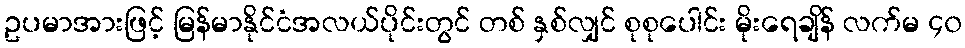
ဥပမာအားဖြင့် မြန်မာနိုင်ငံအလယ်ပိုင်းတွင် တစ် နှစ်လျှင် စုစုပေါင်း မိုးရေချိန် လက်မ ၄၀